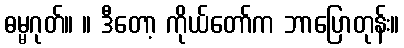
ဓမ္မဂုတ်။ ။ ဒီတော့ ကိုယ်တော်က ဘာပြောတုန်း။